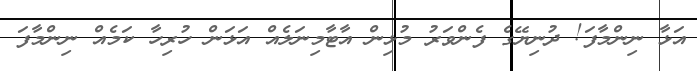
އަޅާ ނިންމާފަ! ދުނިޔޭގެ ފެންވަރު މުޅިން އާޓާމިނަލެއް އަޅަން ހުރިހާ ކަމެއް ނިންމާފަ